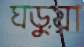
ঘড়ুয়া